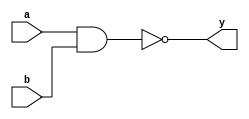
module tri_nand2(
   y,
   a,
   b
);
   parameter                      WIDTH = 1;
   parameter                      BTR = "NAND2_X2M_NONE";  //Specify full BTR name, else let tool select
   output [0:WIDTH-1]  y;
   input [0:WIDTH-1]   a;
   input [0:WIDTH-1]   b;

   // tri_nand2
   genvar 	       i;

   generate
      begin : t
	 for (i = 0; i < WIDTH; i = i + 1)
	   begin : w

	      nand I0(y[i], a[i], b[i]);

	   end // block: w
      end

   endgenerate
endmodule